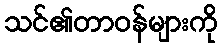
သင်၏တာဝန်များကို